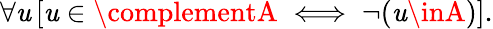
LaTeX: \forall\mathit{u}\, [\mathit{u}\in\complementA\iff\neg(\mathit{u}\inA)].